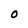
Character: 0